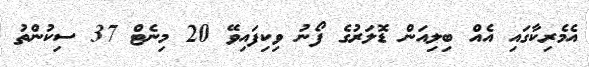
އެމެރިކާގައި އެއް ބިލިއަން ޑޮލަރުގެ ފޯނު ވިކިފައިވޭ 20 މިނެޓް 37 ސިކުންތު